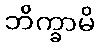
ဘိက္ခာမိ